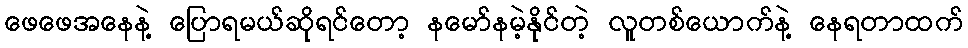
ဖေဖေအနေနဲ့ ပြောရမယ်ဆိုရင်တော့ နမော်နမဲ့နိုင်တဲ့ လူတစ်ယောက်နဲ့ နေရတာထက်